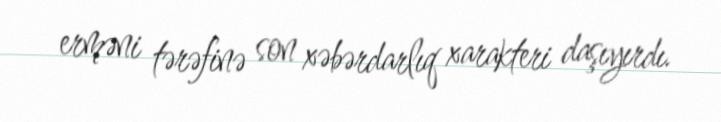
erməni tərəfinə son xəbərdarlıq xarakteri daşıyırdı.